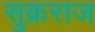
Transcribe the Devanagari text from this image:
सुक्रराज